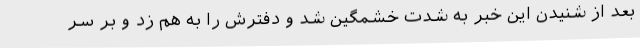
بعد از شنیدن این خبر به شدت خشمگین شد و دفترش را به هم زد و بر سر